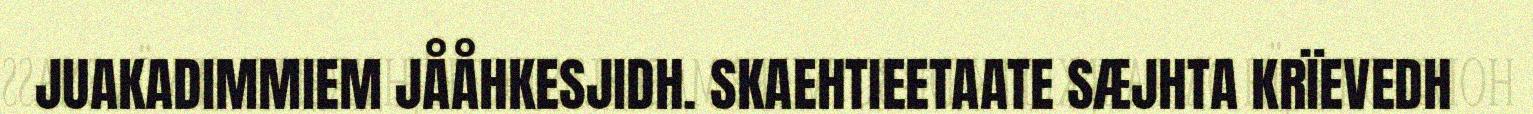
JUAKADIMMIEM JÅÅHKESJIDH. SKAEHTIEETAATE SÆJHTA KRÏEVEDH